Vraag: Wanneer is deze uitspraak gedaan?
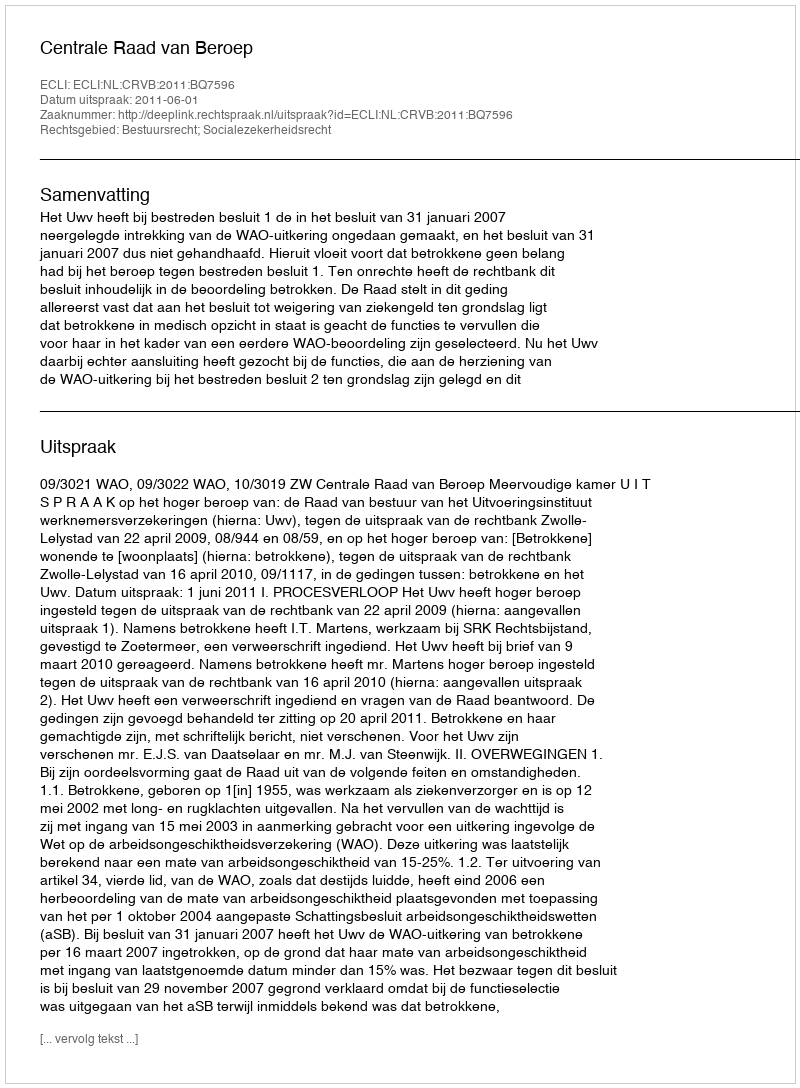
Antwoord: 2011-06-01